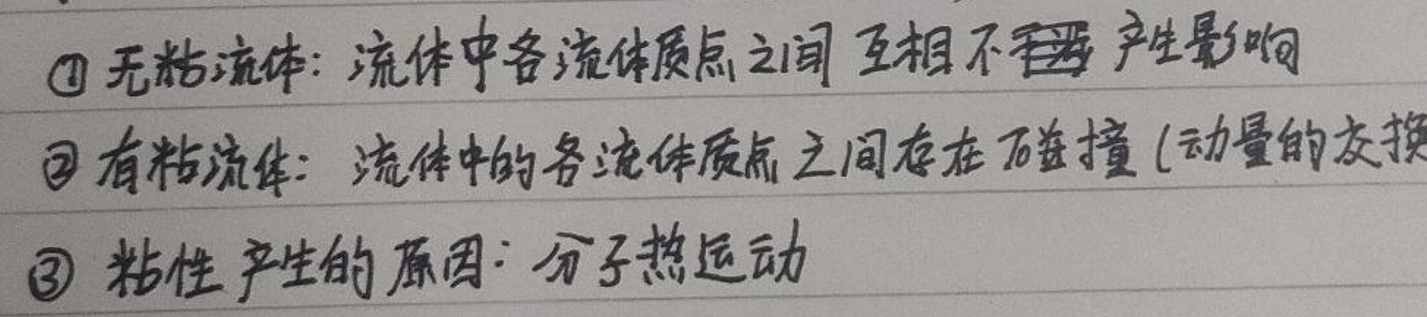
\begin{enumerate}
\item 无粘流体：流体中各流体质点之间互相不 产生影响
\item 有粘流体：流体中的各流体质点之间存在碰撞 (动量的交换)
\item 粘性产生的原因：分子热运动
\end{enumerate}